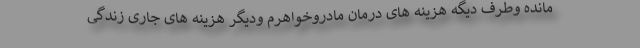
مانده وطرف دیگه هزینه های درمان مادروخواهرم ودیگر هزینه های جاری زندگی